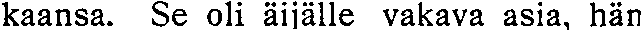
kaansa. Se oli äijälle vakava asia, hän